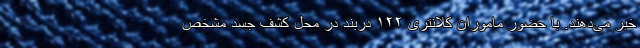
خبر می‌دهند. با حضور ماموران کلانتری ۱۲۲ دربند در محل کشف جسد مشخص